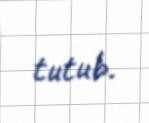
tutub.